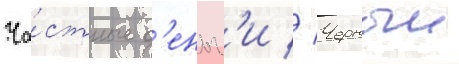
Ча́стные д'еньг'и // Черныи